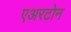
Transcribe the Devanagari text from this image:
एअरटोन